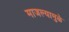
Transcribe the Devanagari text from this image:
माजल्यामुळे